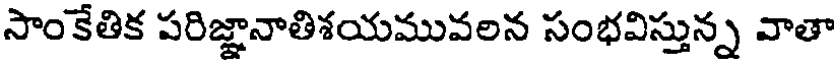
సాంకేతిక పరిజ్ఞానాతిశయమువలన సంభవిస్తున్న వాతా